Sketch of the medical history of the native army of Bombay, for the year
Year: 1870
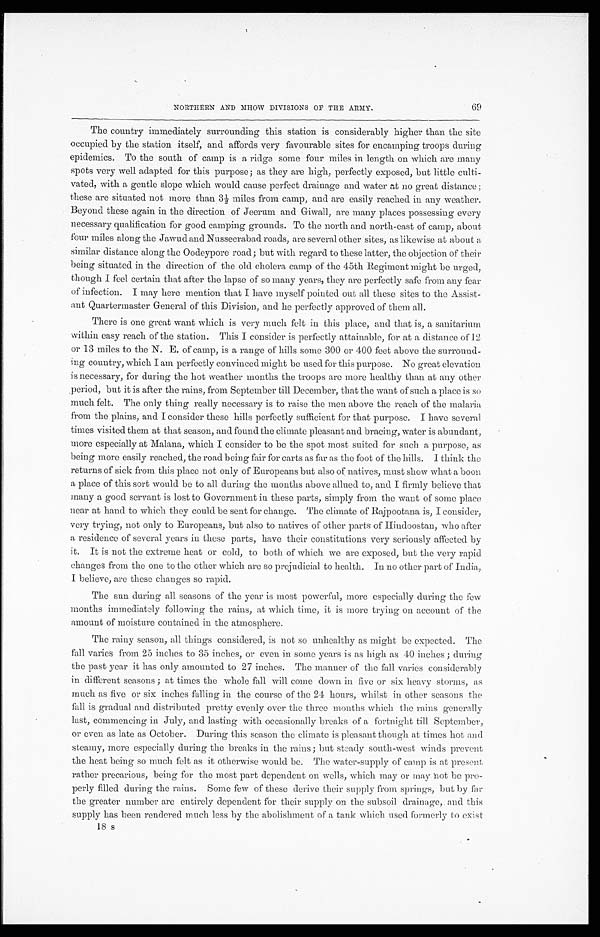
NORTHERN AND MHOW DIVISIONS OF THE ARMY. 6 9
The country immediately surrounding this station is considerably higher than the site
occupied by the station itself, and affords very favourable sites for encamping troops during
epidemics. To the south of camp is a ridge some four miles in length on which are many
spots very well adapted for this purpose; as they are high, perfectly exposed, but little culti
- v a t e d , w i t h a g e n t l e s l o p e w h i c h w o u l d c a u s e p e r f e c t d r a i n a g e a n d w a t e r a t n o g r e a t d i s t a n c e ;
these are situated not more than 3½ miles from camp, and are easily reached in any weather.
Beyond these again in the direction of Jeerum and Giwall, are many places possessing every
necessary qualification for good camping grounds. To the north and north-east of camp, about
f o u r m i l e s a l o n g t h e J a w u d a n d N u s s e e r a b a d r o a d s , a r e s e v e r a l o t h e r s i t e s , a s l i k e w i s e a t a b o u t a
similar distance along the Oodeypore road; but with regard to these latter, the objection of their
being situated in the direction of the old cholera camp of the 45th Regiment might be urged,
though I feel certain that after the lapse of so many years, they are perfectly safe from any fear
of infection. I may here mention that I have myself pointed out all these sites to the Assist
- a n t Q u a r t e r m a s t e r G e n e r a l o f t h i s D i v i s i o n , a n d h e p e r f e c t l y a p p r o v e d o f t h e m a l l .
There is one great want which is very much felt in this place, and that is, a sanitarium
within easy reach of the station. This I consider is perfectly attainable, for at a distance of 12
or 13 miles to the N. E. of camp, is a range of hills some 300 or 400 feet above the surround
-ing country, which I am perfectly convinced might be used for this purpose. No great elevation
is necessary, for during the hot weather months the troops are more healthy than at any other
period, but it is after the rains, from September till December, that the want of such a place is so
much felt. The only thing really necessary is to raise the men above the reach of the malaria
from the plains, and I consider these hills perfectly sufficient for that purpose. I have several
times visited them at that season, and found the climate pleasant and bracing, water is abundant,
more especially at Malana, which I consider to be the spot most suited for such a purpose, as
being more easily reached, the road being fair for carts as far as the foot of the hills. I think the
returns of sick from this place not only of Europeans but also of natives, must show what a boon
a place of this sort would be to all during the months above allued to, and I firmly believe that
many a good servant is lost to Government in these parts, simply from the want of some place
near at hand to which they could be sent for change. The climate of Rajpootana is, I consider,
very trying, not only to Europeans, but also to natives of other parts of Hindoostan, who after
a residence of several years in these parts, have their constitutions very seriously affected by
it. It is not the extreme heat or cold, to both of which we are exposed, but the very rapid
changes from the one to the other which are so prejudicial to health. In no other part of India,
I believe, are these changes so rapid.
The sun during all seasons of the year is most powerful, more especially during the few
months immediately following the rains, at which time, it is more trying on account of the
amount of moisture contained in the atmosphere.
The rainy season, all things considered, is not so unhealthy as might be expected. The
fall varies from 25 inches to 35 inches, or even in some years is as high as 40 inches ; during
the past year it has only amounted to 27 inches. The manner of the fall varies considerably
in different seasons ; at times the whole fall will conic down in five or six heavy storms, as
much as five or six inches falling in the course of the 24 hours, whilst in other seasons the
fall is gradual and distributed pretty evenly over the three months which the rains generally
last, commencing in July, and lasting with occasionally breaks of a fortnight till September,
or even as late as October. During this season the climate is pleasant though at times hot and
steamy, more especially during the breaks in time rains ; but steady south-west winds prevent
the heat being so much felt as it otherwise would be. The water-supply of camp is at present
rather precarious, being for the most part dependent on wells, which may or may hot be pro
- p e r l y f i l l e d d u r i n g t h e r a i n s . S o m e f e w o f t h e s e d e r i v e t h e i r s u p p l y f r o m s p r i n g s , b u t b y f a r
the greater number are entirely dependent for their supply on the subsoil drainage, and this
supply has been rendered much less by the abolishment of a tank which used formerly to exist
18 s